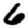
Digit: 6